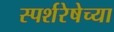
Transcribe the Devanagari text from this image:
स्पर्शरेषेच्या